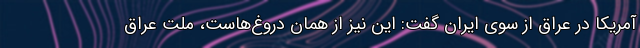
آمریکا در عراق از سوی ایران گفت: این نیز از همان دروغ‌هاست، ملت عراق